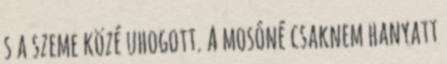
s a szeme közé uhogott. A mosóné csaknem hanyatt